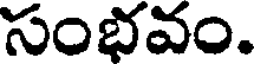
సంభవం.